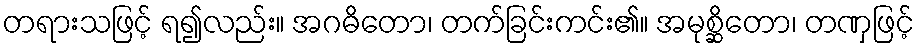
တရားသဖြင့် ရ၍လည်း။ အဂဓိတော၊ တက်ခြင်းကင်း၏။ အမုစ္ဆိတော၊ တဏှဖြင့်